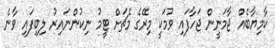
ކާމިޔާބެއް ޖާމަނީން ޖަހާފައި ވުމަކީ މިރޭގެ މެޗަށް ޓީމު ނިކުންނައިރު ލިބިފައި ވާނެ